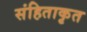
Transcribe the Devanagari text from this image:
संहिताकृत